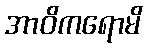
အာဝိကရောမိ